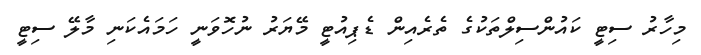
މިހާރު ސިޓީ ކައުންސިލްތަކުގެ ތެރެއިން ޑެޕިއުޓީ މޭޔަރު ނުހޮވަނީ ހަމައެކަނި މާލޭ ސިޓީ